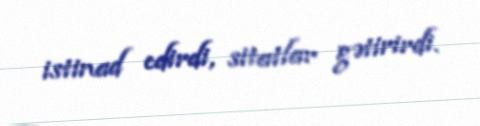
istinad edirdi, sitatlar gətirirdi.